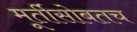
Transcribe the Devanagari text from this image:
मूर्तीसोबतच